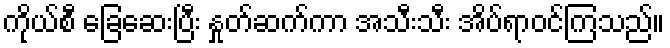
ကိုယ်စီ ခြေဆေးပြီး နှုတ်ဆက်ကာ အသီးသီး အိပ်ရာဝင်ကြသည်။